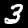
Label: 3